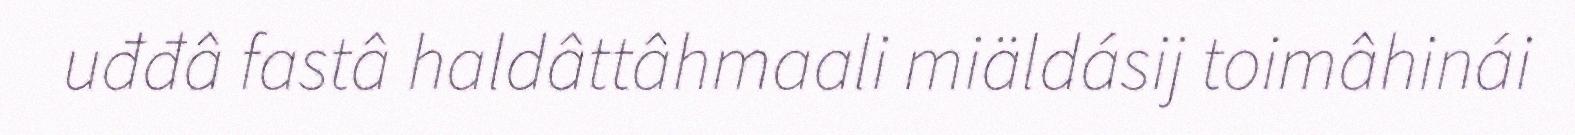
uđđâ fastâ haldâttâhmaali miäldásij toimâhinái